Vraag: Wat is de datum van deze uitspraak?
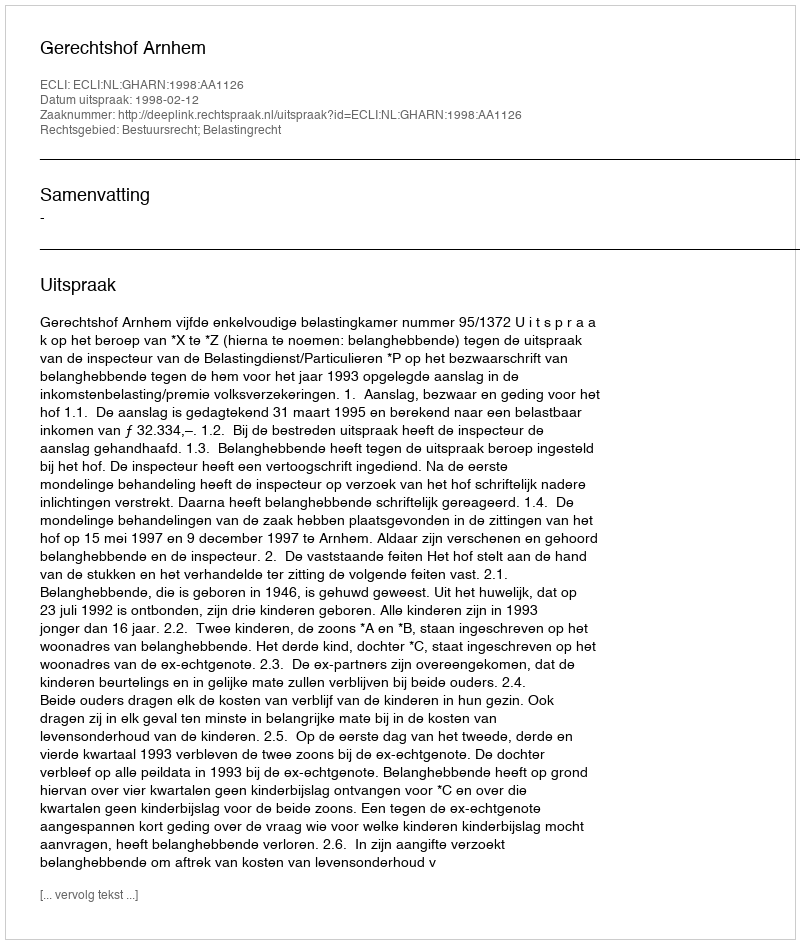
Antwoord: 1998-02-12